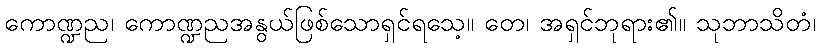
ကောဏ္ဍည၊ ကောဏ္ဍညအနွယ်ဖြစ်သောရှင်ရသေ့။ တေ၊ အရှင်ဘုရား၏။ သုဘာသိတံ၊